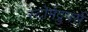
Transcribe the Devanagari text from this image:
स्टॉर्मट्रुपर्स